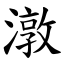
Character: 潡